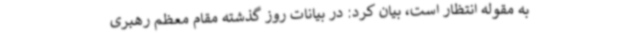
به مقوله انتظار است، بیان کرد: در بیانات روز گذشته مقام معظم رهبری